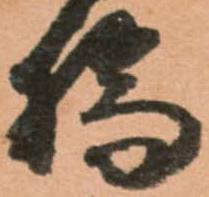
橋